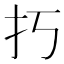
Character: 𢩨